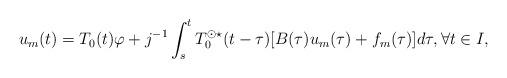
LaTeX: \begin{align*} u_m(t) = T_0(t)\varphi + j^{-1} \int_s^t T_0^{\odot \star}(t-\tau) [B(\tau)u_m(\tau) + f_m(\tau)] d\tau, \forall t \in I, \end{align*}